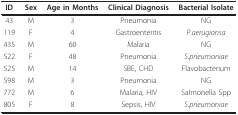
| ID | Sex | Age in Months | Clinical Diagnosis | Bacterial Isolate |
 | --- | --- | --- | --- | --- |
 | 43 | M | 3 | Pneumonia | NG |
 | 119 | F | 4 | Gastroenteritis | P.aerugionsa |
 | 435 | M | 60 | Malaria | NG |
 | 522 | F | 48 | Pneumonia | S.pneumoniae |
 | 525 | M | 14 | SBE, CHD | Flavobacterium |
 | 598 | M | 3 | Pneumonia | NG |
 | 772 | M | 6 | Malaria, HIV | Salmonella Spp |
 | 805 | F | 8 | Sepsis, HIV | S.pneumoniae |